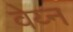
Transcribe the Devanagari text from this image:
वेय्न